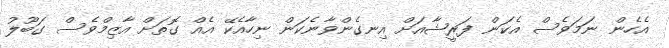
އެހެން ނަމަވެސް އެކަން ފަރީޝާއަށް އިނގެންވާނެކަން ނިހާއެކޭ އެއް ގޮތަށް އާޒިމްވެސް ގަބޫލު